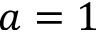
a = 1